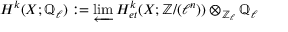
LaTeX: H ^ { k } ( X ; \mathbb { Q } _ { \ell } ) : = \varprojlim H _ { e t } ^ { k } ( X ; \mathbb { Z } / ( \ell ^ { n } ) ) \otimes _ { \mathbb { Z } _ { \ell } } \mathbb { Q } _ { \ell }